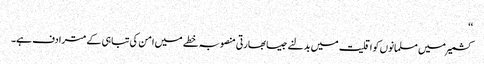
‘‘
کشمیر میں مسلمانوں کو اقلیت میں بدلنے جیسا بھارتی منصوبہ خطے میں امن کی تباہی کے مترادف ہے۔